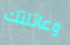
وعائلتك